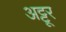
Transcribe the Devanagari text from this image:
अट्टूर